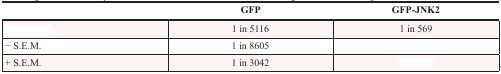
<table><thead><tr><td>[EMPTY_CELL]</td><td><b>GFP</b></td><td><b>GFP-JNK2</b></td></tr></thead><tbody><tr><td>[EMPTY_CELL]</td><td>1 in 5116</td><td>1 in 569</td></tr><tr><td>− S.E.M.</td><td>1 in 8605</td><td>[EMPTY_CELL]</td></tr><tr><td>+ S.E.M.</td><td>1 in 3042</td><td>[EMPTY_CELL]</td></tr></tbody></table>